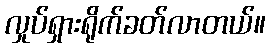
လှုပ်ရှားရိုက်ခတ်လာတယ်။